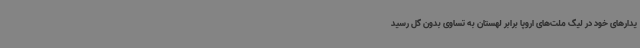
یدارهای خود در لیگ ملت‌های اروپا برابر لهستان به تساوی بدون گل رسید